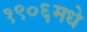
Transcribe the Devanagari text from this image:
१९०६मधे